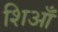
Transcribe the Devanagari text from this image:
शिआँ